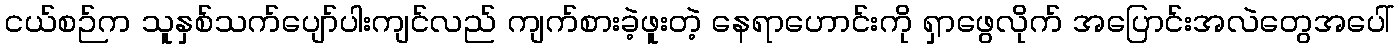
ငယ်စဉ်က သူနှစ်သက်ပျော်ပါးကျင်လည် ကျက်စားခဲ့ဖူးတဲ့ နေရာဟောင်းကို ရှာဖွေလိုက် အပြောင်းအလဲတွေအပေါ်